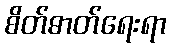
စိတ်ဓာတ်ရေးရာ